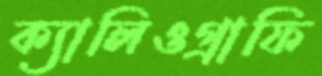
ক্যালিওগ্রাফি